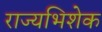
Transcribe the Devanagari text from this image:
राज्यभिशेक